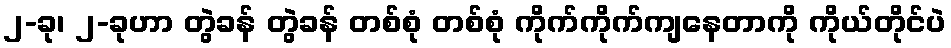
၂-ခု၊ ၂-ခုဟာ တွဲခန် တွဲခန် တစ်စုံ တစ်စုံ ကိုက်ကိုက်ကျနေတာကို ကိုယ်တိုင်ပဲ